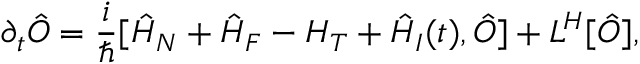
\partial _ { t } \hat { O } = \frac { i } { \hbar } [ \hat { H } _ { N } + \hat { H } _ { F } - H _ { T } + \hat { H } _ { I } ( t ) , \hat { O } ] + L ^ { H } [ \hat { O } ] ,